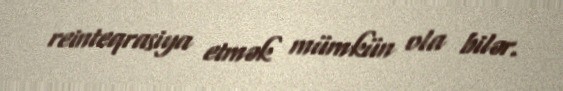
reinteqrasiya etmək mümkün ola bilər.